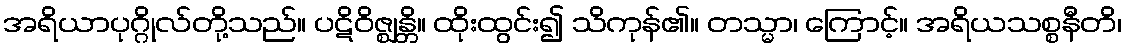
အရိယာပုဂ္ဂိုလ်တို့သည်။ ပဋိဝိဇ္ဈန္တိ။ ထိုးထွင်း၍ သိကုန်၏။ တသ္မာ၊ ကြောင့်။ အရိယသစ္စနီတိ၊